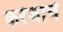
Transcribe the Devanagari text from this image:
करंजाचे